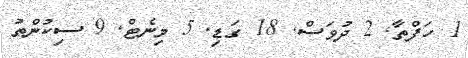
1 ހަފްތާ